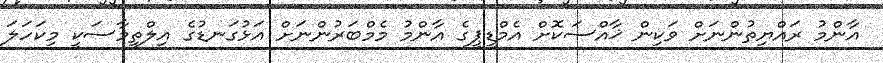
އާންމު ރައްޔިތުންނަށް ވަކިން ޚާއްސަކޮށް އެމްޑީޕީގެ އާންމު މެމްބަރުންނަށް އަޅުގަނޑުގެ އިލްތިމާސަކީ މިކަހަލަ